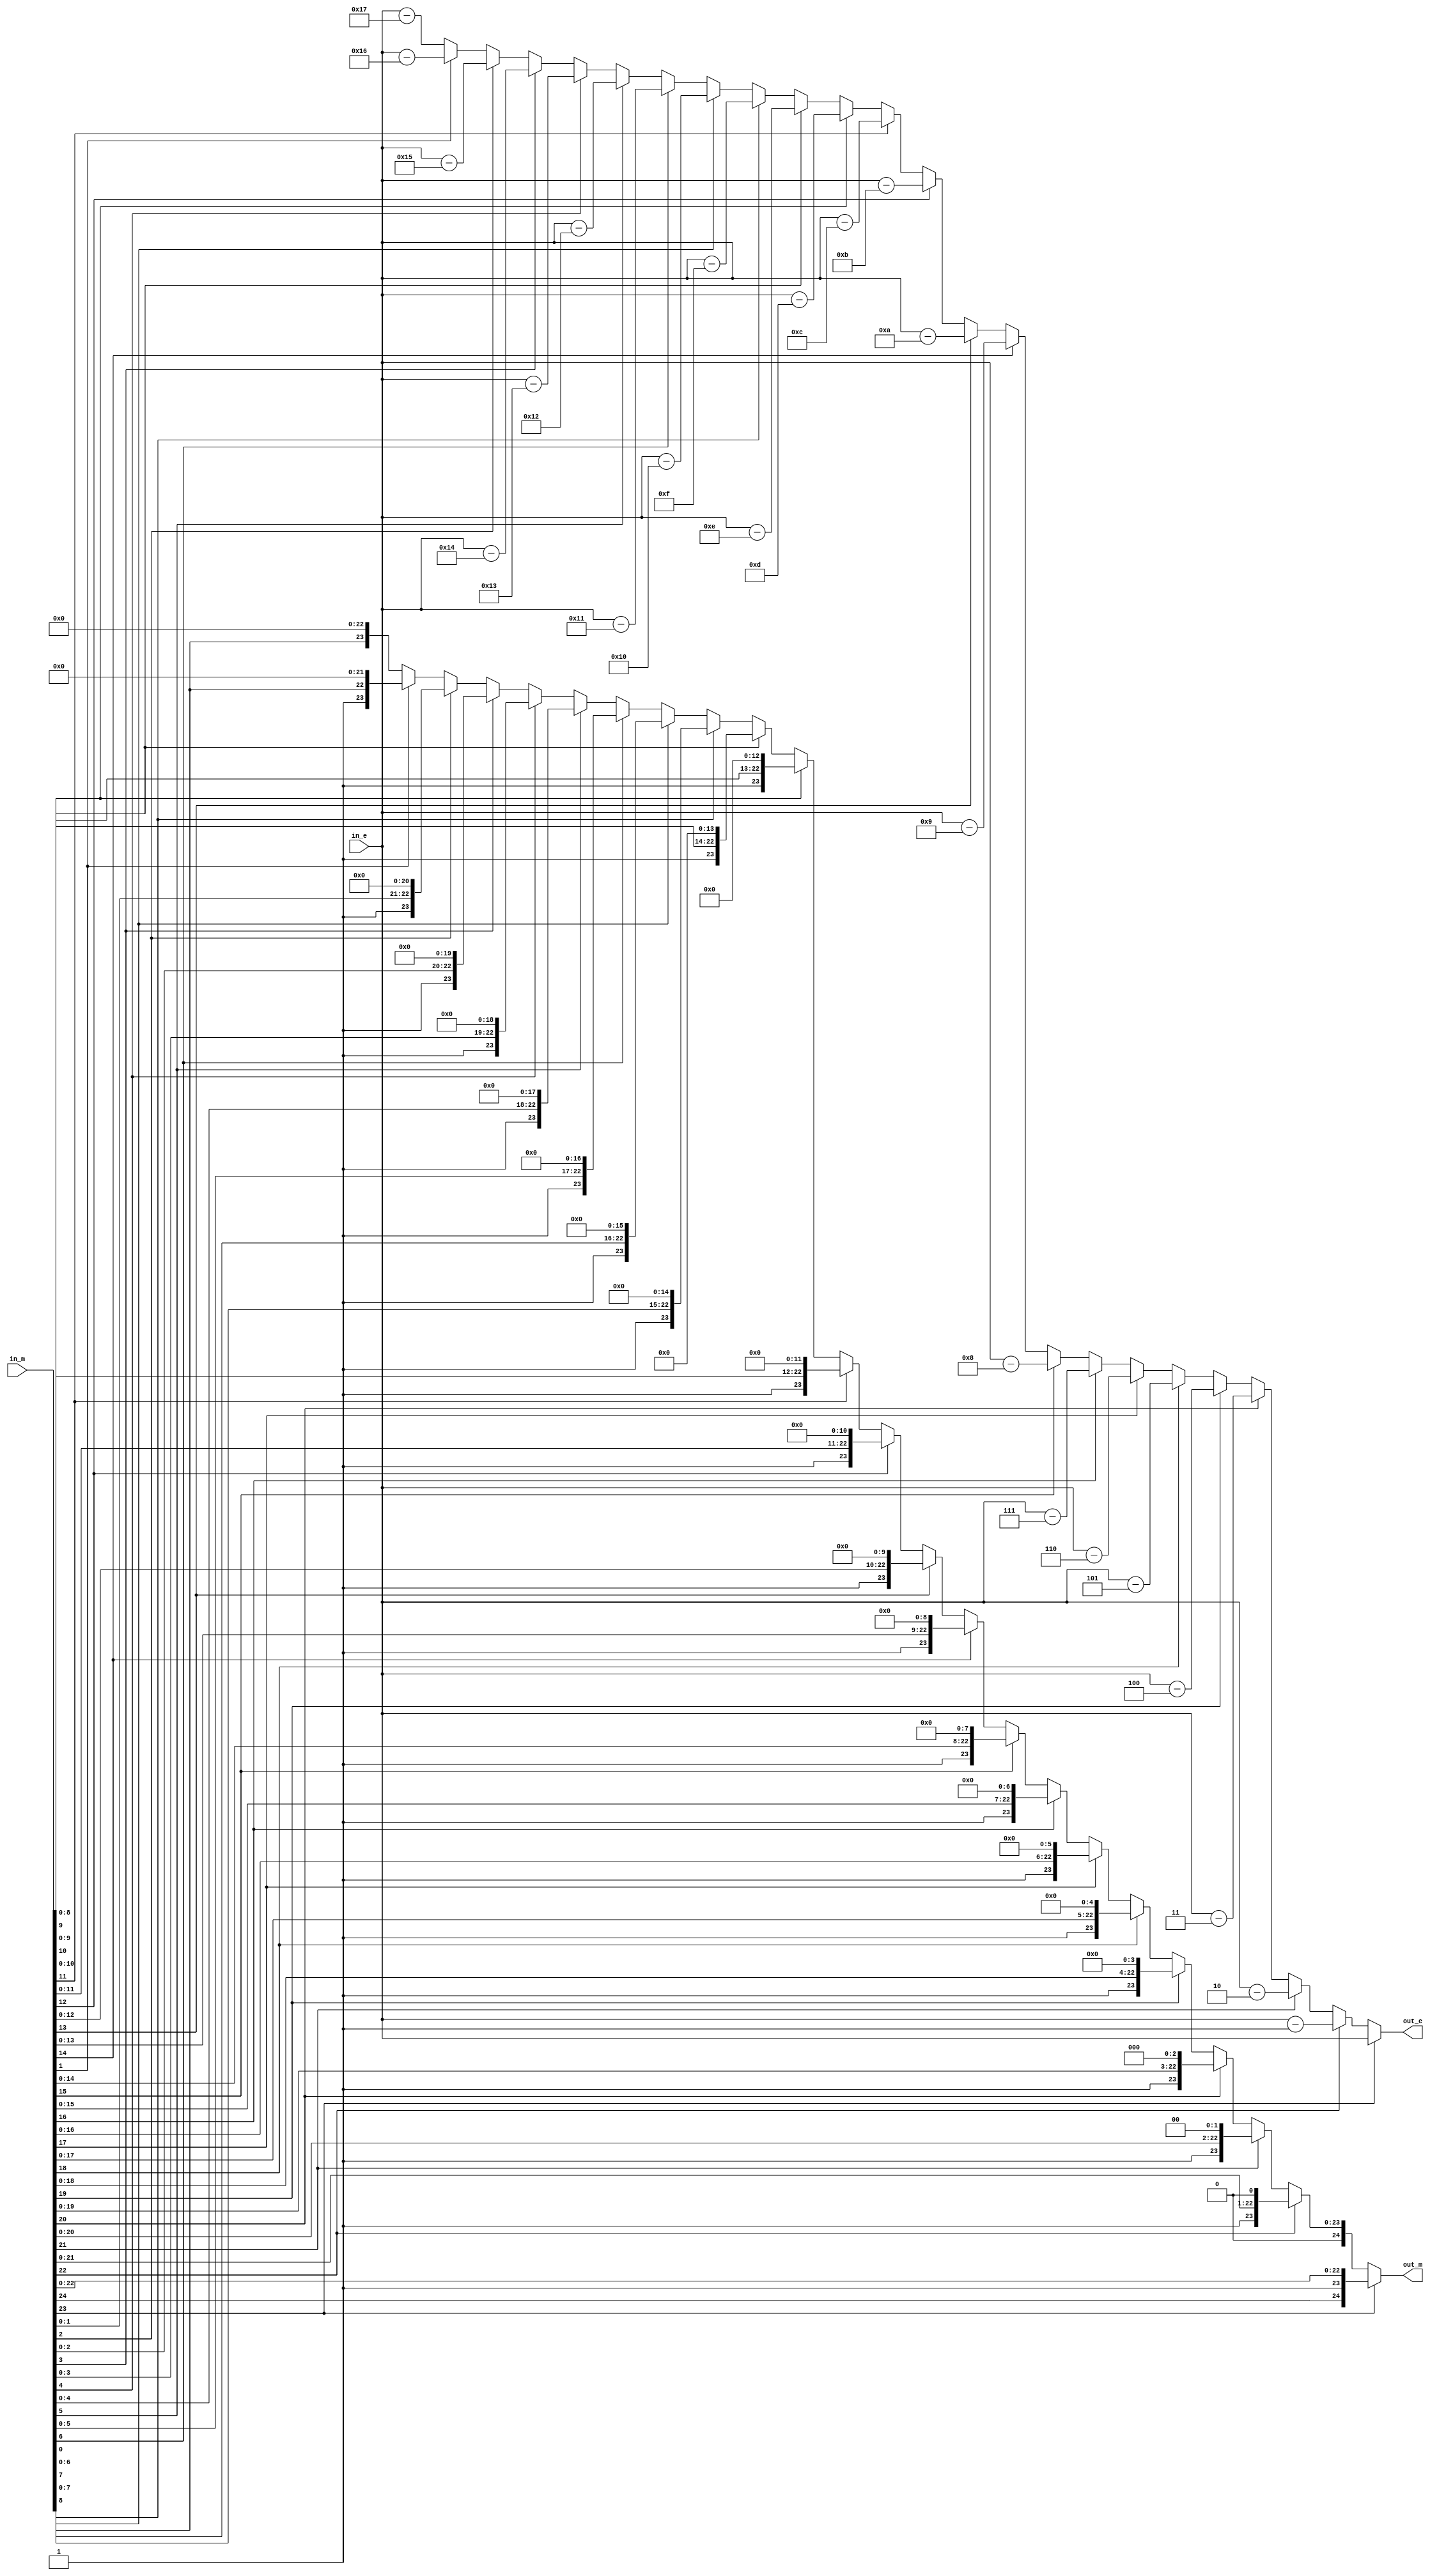
`timescale 1ns / 1ps
//////////////////////////////////////////////////////////////////////////////////
// Company: 
// Engineer: 
// 
// Design Name: 
// Module Name: addition_normaliser
// Project Name: 
// Target Devices: 
// Tool Versions: 
// Description: 
// 
// Dependencies: 
// 
// Revision:
// Revision 0.01 - File Created
// Additional Comments:
// 
//////////////////////////////////////////////////////////////////////////////////


module addition_normaliser(in_e, in_m, out_e, out_m);
  input [7:0] in_e;
  input [24:0] in_m;
  output [7:0] out_e;
  output [24:0] out_m;

  wire [7:0] in_e;
  wire [24:0] in_m;
  reg [7:0] out_e;
  reg [24:0] out_m;//24?????

  always @ ( * ) begin
  if(in_m[23]==1'b1) begin
    out_e = in_e;
    out_m = in_m;
  end 
  else if (in_m[22] == 1'b1) begin
			out_e = in_e - 1;
			out_m = in_m <<1;
            end else if (in_m[21] == 1'b1) begin
			out_e = in_e - 2;
			out_m = in_m <<2;
            end else if (in_m[20] == 1'b1) begin
			out_e = in_e - 3;
			out_m = in_m <<3;
            end else if (in_m[19] == 1'b1) begin
			out_e = in_e - 4;
			out_m = in_m <<4;
            end else if (in_m[18] == 1'b1) begin/////////////////
			out_e = in_e - 5;
			out_m = in_m <<5;
            end else if (in_m[17] == 1'b1) begin
			out_e = in_e - 6;
			out_m = in_m <<6;
            end else if (in_m[16] == 1'b1) begin
			out_e = in_e - 7;
			out_m = in_m <<7;
            end else if (in_m[15] == 1'b1) begin
			out_e = in_e - 8;
			out_m = in_m <<8;
            end else if (in_m[14] == 1'b1) begin
			out_e = in_e - 9;
			out_m = in_m <<9;
            end else if (in_m[13] == 1'b1) begin
			out_e = in_e - 10;
			out_m = in_m <<10;
            end else if (in_m[12] == 1'b1) begin
			out_e = in_e - 11;
			out_m = in_m <<11;
            end else if (in_m[11] == 1'b1) begin
			out_e = in_e - 12;
			out_m = in_m <<12;
            end else if (in_m[10] == 1'b1) begin
			out_e = in_e - 13;
			out_m = in_m <<13;
            end else if (in_m[9] == 1'b1) begin
			out_e = in_e - 14;
			out_m = in_m <<14;
            end else if (in_m[8] == 1'b1) begin
			out_e = in_e - 15;
			out_m = in_m <<15;
            end else if (in_m[7] == 1'b1) begin
			out_e = in_e - 16;
			out_m = in_m <<16;
            end else if (in_m[6] == 1'b1) begin
			out_e = in_e - 17;
			out_m = in_m <<17;
            end else if (in_m[5] == 1'b1) begin
			out_e = in_e - 18;
			out_m = in_m <<18;
            end else if (in_m[4] == 1'b1) begin
			out_e = in_e - 19;
			out_m = in_m <<19;
            end else if (in_m[3] == 1'b1) begin
			out_e = in_e - 20;
			out_m = in_m <<20;
            end else if (in_m[2] == 1'b1) begin
			out_e = in_e - 21;
			out_m = in_m <<21;
            end else if (in_m[1] == 1'b1) begin
			out_e = in_e - 22;
			out_m = in_m <<22;
            end else begin
            out_e = in_e - 23;
			out_m = in_m <<23;
            end
end
endmodule